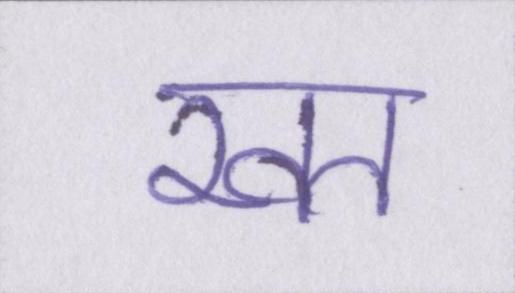
खत